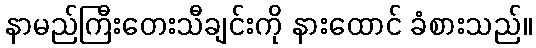
နာမည်ကြီးတေးသီချင်းကို နားထောင် ခံစားသည်။